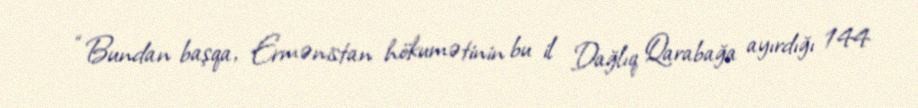
“Bundan başqa, Ermənistan hökumətinin bu il Dağlıq Qarabağa ayırdığı 144